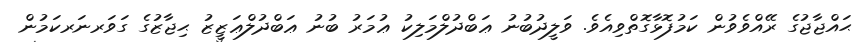
ޙައްޖާޖުގެ ރޭއްވެވުން ކަމުފޮޅާގޮތްވިއެވެ. ވަލީދުބުނު ޢަބްދުލްމަލިކު ޢުމަރު ބުނު ޢަބްދުލްޢަޒީޒު ޙިޖާޒުގެ ގަވަރނަރކަމުން